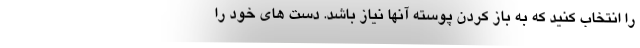
را انتخاب کنید که به باز کردن پوسته آنها نیاز باشد. دست های خود را